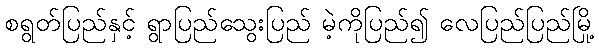
စရွတ်ပြည်နှင့် ရွာပြည်သွေးပြည် မဲ့ကိုပြည်၍ လေပြည်ပြည်မြို့